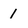
Character: 1